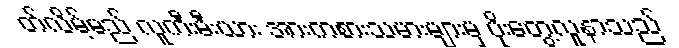
တ်လိမ့်မည် လူကီးမီးယား အားကစားသမားများမှ ပိုးတွေ့လူနာသည်